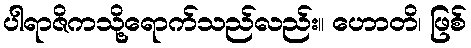
ပါရာဇိကသို့ရောက်သည်လည်း။ ဟောတိ၊ ဖြစ်